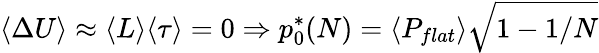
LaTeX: \langle\Delta U\rangle\approx\langle L\rangle\langle\tau\rangle=0\Rightarrow p_{0}^{*}(N)=\langle P_{flat}\rangle\sqrt{1-1/N}